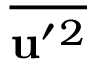
\overline { { { \bf { u } } ^ { \prime } { } ^ { 2 } } }